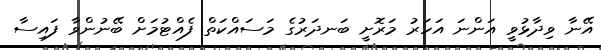
އޭނާ ވިދާޅުވީ އަންނަ އަހަރު މަރޮށީ ބަނދަރުގެ މަސައްކަތް ފެއްޓުމަށް ބޭނުންވާ ފައިސާ